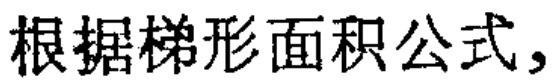
根据梯形面积公式，